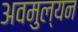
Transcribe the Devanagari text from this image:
अवमुल्यन